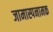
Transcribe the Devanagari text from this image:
जामास्पनामक